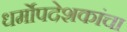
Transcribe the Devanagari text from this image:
धर्मोपदेशकांचा